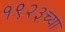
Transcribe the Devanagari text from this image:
१९२३च्या